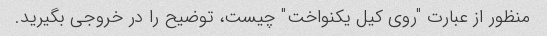
منظور از عبارت "روی کیل یکنواخت" چیست، توضیح را در خروجی بگیرید.